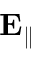
\mathbf { E } _ { \parallel }